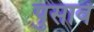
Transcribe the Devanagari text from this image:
पुसावें